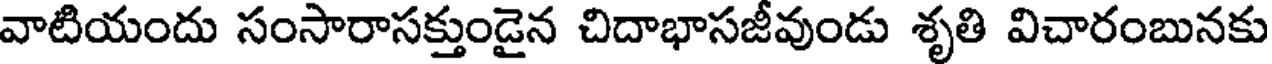
వాటియందు సంసారాసక్తుండైన చిదాభాసజీవుండు శృతి విచారంబునకు